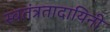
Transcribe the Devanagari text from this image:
स्वतंत्रतादायिनी